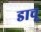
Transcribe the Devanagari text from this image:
डाचू